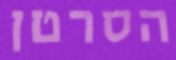
הסרטן